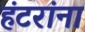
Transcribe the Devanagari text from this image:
हंटरांना